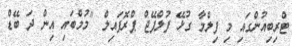
ޓްރިބިއުންގައި މި ފިލްމާ ގުޅޭ ފުލްޕޭޖް ޕްރޮފައިލް "މުމްބައި އިން ދަ ބޭޑް